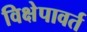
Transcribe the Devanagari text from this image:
विक्षेपावर्त